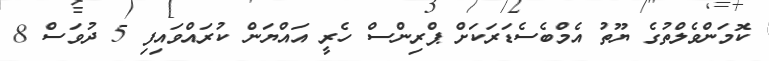
ކޮމަންވެލްތުގެ ޔޫތު އެމްބެސެޑަރަކަށް ޕްރިންސް ހެރީ އައްޔަން ކުރައްވައިފި 5 ދުވަސް 8